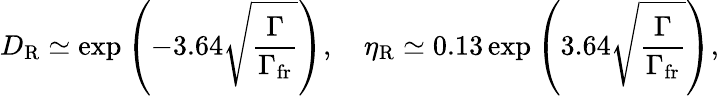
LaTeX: D_{\mathrm{R}}\simeq\exp\left(-3.64\sqrt{\frac{\Gamma}{\Gamma_{\mathrm{fr}}}}\right),\quad\eta_{\mathrm{R}}\simeq 0.13\exp\left(3.64\sqrt{\frac{\Gamma}{\Gamma_{\mathrm{fr}}}}\right),